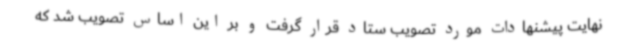
نهایت پیشنهادات مورد تصویب ستاد قرار گرفت و بر این اساس تصویب شد که